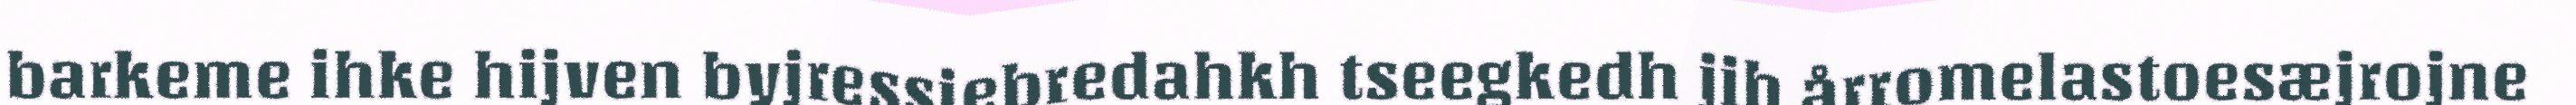
barkeme ihke hijven byjressiebredahkh tseegkedh jih årromelastoesæjrojne